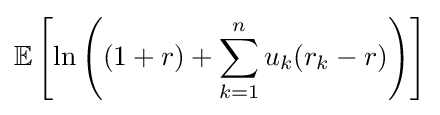
\mathbb {E} \left[\ln \left((1+r)+\sum \limits _{k=1}^{n}u_{k}(r_{k}-r)\right)\right]